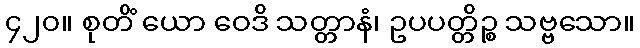
၄၂၀။ စုတိံ ယော ဝေဒိ သတ္တာနံ၊ ဥပပတ္တိဉ္စ သဗ္ဗသော။